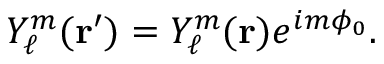
Y _ { \ell } ^ { m } ( { \mathbf { r } } ^ { \prime } ) = Y _ { \ell } ^ { m } ( { \mathbf { r } } ) e ^ { i m \phi _ { 0 } } .